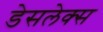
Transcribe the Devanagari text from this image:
डेसलेक्स